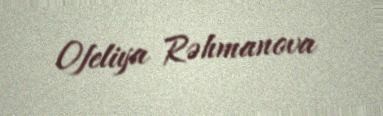
Ofeliya Rəhmanova